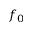
f _ { 0 }